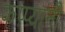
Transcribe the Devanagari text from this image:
कप्प्यानी